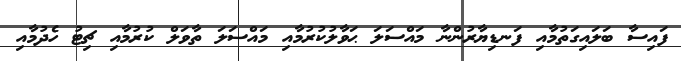
ފައިސާ ބަލައިގަތުމާއި ފަނޑިޔާރުންނާ މައްސަލަ ޙަވާލުކުރުމާއި މައްސަލަ ތާވަލް ކުރުމާއި ޗިޓު ހެދުމާއި